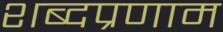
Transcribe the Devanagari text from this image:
शब्दप्रणाम